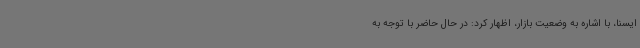
ایسنا، با اشاره به وضعیت بازار، اظهار کرد: در حال حاضر با توجه به